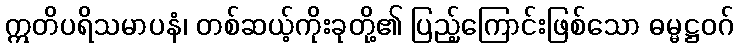
ဣတိပရိသမာပနံ၊ တစ်ဆယ့်ကိုးခုတို့၏ ပြည့်ကြောင်းဖြစ်သော ဓမ္မဋ္ဌဝဂ်